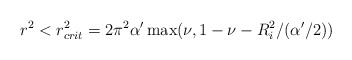
\begin{align*}r^2 < r_{crit}^2=2 \pi^2 \alpha' \max( \nu, 1 - \nu - R^{2}_i/(\alpha'/2))\end{align*}